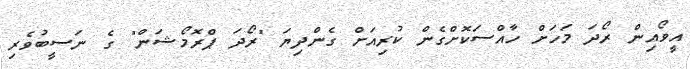
އީވޯއިން ރޯދަ މަހަށް ހާއްސަކޮށްގެން ކުރިއަށް ގެންދިޔަ "ރޯދަ ޕްރޮމޯޝަން" ގެ ނަސީބުވެރި